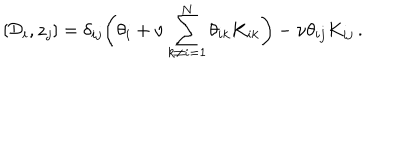
\left[ { \cal D } _ { i } , z _ { j } \right] = \delta _ { i j } \biggl ( \theta _ { i } + \nu \sum _ { k \ne i = 1 } ^ { N } \theta _ { i k } K _ { i k } \biggr ) - \nu \theta _ { i j } K _ { i j } \, .